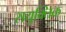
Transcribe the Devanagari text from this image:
सयुक्‍तिक